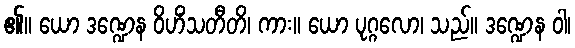
၏။ ယော ဒဏ္ဍေန ဝိဟိံသတီတိ၊ ကား။ ယော ပုဂ္ဂလော၊ သည်။ ဒဏ္ဍေန ဝါ၊